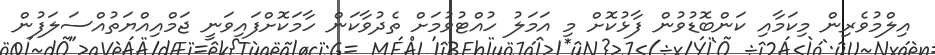
އިލްމުވެރިން މިކަމާއި ކަންބޮޑުވުން ފާޅުކޮށް މި އަމަލު ހުއްޓުވުމަށް ތެދުވާކަން ހާމަކޮށްފައިވަނީ ޖަމްއިއްޔަތުއްސަލަފުން